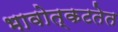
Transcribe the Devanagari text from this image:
भावोत्कटतेत